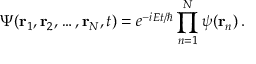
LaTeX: \Psi ( \mathbf { r } _ { 1 } , \mathbf { r } _ { 2 } , \ldots , \mathbf { r } _ { N } , t ) = e ^ { - i { E t / \hbar } } \prod _ { n = 1 } ^ { N } \psi ( \mathbf { r } _ { n } ) \, .